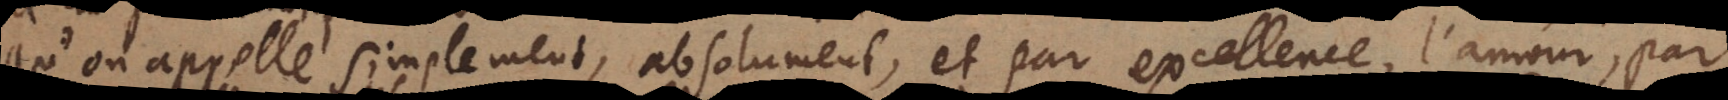
qu’on appelle simplement, absolument, et par excellence, l’amour, par